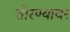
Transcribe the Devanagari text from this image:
तोरण्यावर